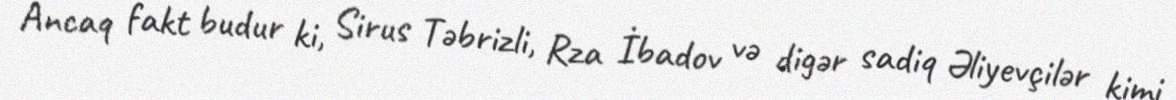
Ancaq fakt budur ki, Sirus Təbrizli, Rza İbadov və digər sadiq Əliyevçilər kimi